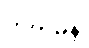
ကိတ်မုန့်